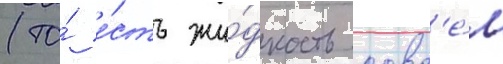
(то́ е́сть жи́дкость совс'е́м